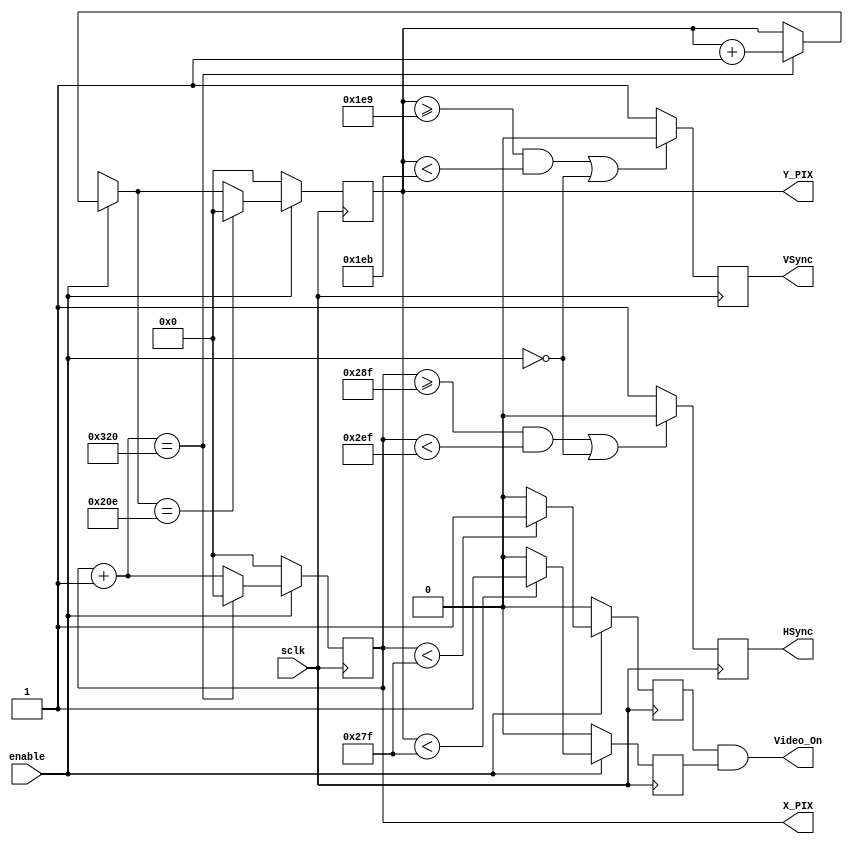
`timescale 1ns / 1ps
//////////////////////////////////////////////////////////////////////////////////
// Company: 
// Engineer: 
// 
// Design Name: 
// Module Name:    VGA_SYNC 
// Project Name: 
// Target Devices: 
// Tool versions: 
// Description: 
//
// Dependencies: 
//
// Revision: 
// Revision 0.01 - File Created
// Additional Comments: 
//
//////////////////////////////////////////////////////////////////////////////////
module VGA_SYNC(
	 input  sclk,				//Sync Clock
	 input  enable,			//VGA Sync Enable
    output [9:0] X_PIX,				//Showing Pixel's X
    output [9:0] Y_PIX,				//Showing Pixel's Y
    output Video_On,			//Show Video Enable
    output reg HSync,				//Sync Horizentally
    output reg VSync				//Sync Vertically
    );
	 reg [9:0] HCounter;
	 reg [9:0] VCounter;
	 reg H_Video_On;
	 reg V_Video_On;
	 
	 //Sync HSync
	 always@(posedge sclk)begin
		if((HCounter >= 655 && HCounter < 751) || (!enable))
			HSync = 0;
		else
			HSync = 1;
	 end
	 
	 //Sync VSync
	 always@(posedge sclk)begin
		if((VCounter >= 489 && VCounter < 491) || (!enable))
			VSync = 0;
		else
			VSync = 1;
	 end
	 
	 //Sync H_Video_On
	 always@(posedge sclk)begin
		if(enable)begin
			if(HCounter < 639)
				H_Video_On = 1;
			else
				H_Video_On = 0;
		end
		else
			H_Video_On = 0;
	 end
	 
	 //Sync V_Video_On
	 always@(posedge sclk)begin
		if(enable)begin
			if(VCounter < 639)
				V_Video_On = 1;
			else
				V_Video_On = 0;
		end
		else
			V_Video_On = 0;
	 end
	 
	 //Produce Video_On
	 assign Video_On = H_Video_On & V_Video_On;
	 
	 //Sync X_PIX
	 assign X_PIX = HCounter;
	 
	 //Sync T_PIX
	 assign Y_PIX = VCounter;
	 
	 //this Always manage Counters
	 always@(posedge sclk)begin 
		if(enable)begin
			HCounter = HCounter + 1;
			if(HCounter == 800)begin
				HCounter = 0;
				VCounter = VCounter + 1;
			end
			if(VCounter == 526)
				VCounter = 0;
		end
		else begin
			HCounter = 0;
			VCounter = 0;
		end
	 end
	 
	 //initial registers
	 initial begin
		HCounter = 0;
		VCounter = 0;
		HSync = 1;
		VSync = 1;
		H_Video_On = 1;
		V_Video_On = 1;
	 end
endmodule